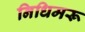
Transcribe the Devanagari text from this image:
निधिमरू